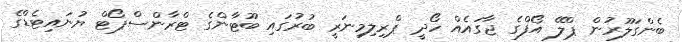
ބެންގަލޫރުން ޕްލޭ އޯފްގެ ޖާގައެއް ހޯދީ ޕްރިލިމިނަރީ ބުރުގައި ބޫޓާންގެ ޓްރާންސްޕޯޓް ޔުނައިޓެޑްގެ